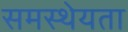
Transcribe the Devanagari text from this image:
समस्थेयता